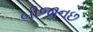
બીજાનછ